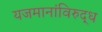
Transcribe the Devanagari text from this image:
यजमानांविरुद्ध